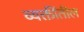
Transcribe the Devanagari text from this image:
व्यक्तींतील